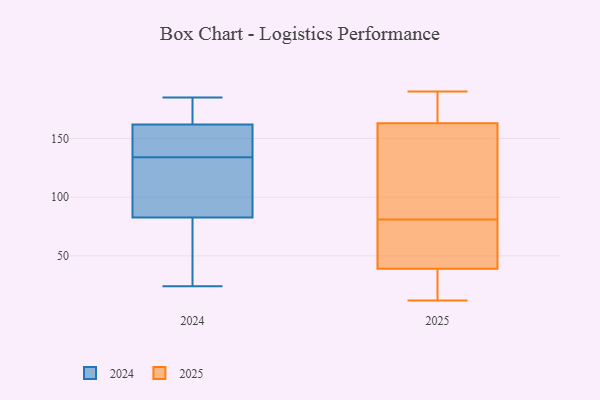
{"axis": {"x": "Backlog", "y": "Value"}, "legend": ["2024", "2025"], "data": [{"x": "", "y": 40, "type": "2025"}, {"x": "", "y": 39, "type": "2025"}, {"x": "", "y": 20, "type": "2025"}, {"x": "", "y": 87, "type": "2025"}, {"x": "", "y": 72, "type": "2025"}, {"x": "", "y": 12, "type": "2025"}, {"x": "", "y": 91, "type": "2025"}, {"x": "", "y": 151, "type": "2025"}, {"x": "", "y": 72, "type": "2025"}, {"x": "", "y": 27, "type": "2025"}, {"x": "", "y": 75, "type": "2025"}, {"x": "", "y": 182, "type": "2025"}, {"x": "", "y": 103, "type": "2025"}, {"x": "", "y": 163, "type": "2025"}, {"x": "", "y": 190, "type": "2025"}, {"x": "", "y": 39, "type": "2025"}, {"x": "", "y": 189, "type": "2025"}, {"x": "", "y": 187, "type": "2025"}, {"x": "", "y": 147, "type": "2024"}, {"x": "", "y": 75, "type": "2024"}, {"x": "", "y": 106, "type": "2024"}, {"x": "", "y": 125, "type": "2024"}, {"x": "", "y": 134, "type": "2024"}, {"x": "", "y": 166, "type": "2024"}, {"x": "", "y": 24, "type": "2024"}, {"x": "", "y": 150, "type": "2024"}, {"x": "", "y": 37, "type": "2024"}, {"x": "", "y": 185, "type": "2024"}, {"x": "", "y": 175, "type": "2024"}]}